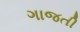
ગાજતી